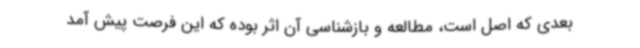
بعدی که اصل است، مطالعه و بازشناسی آن اثر بوده که این فرصت پیش آمد